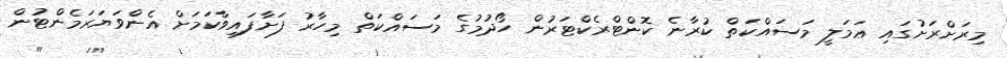
މިރަށްރަށުގައި ޢަމަލީ މަސައްކަތް ކުރާނެ ކޮންޓްރެކްޓަރުން ހޯދުމުގެ މަސައްކަތް މިހާރު ފަށާފައިވާކަމަށް އެންވަޔަރަމެންޓުން